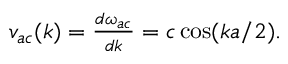
\begin{array} { r } { v _ { a c } ( k ) = \frac { d \omega _ { a c } } { d k } = c \cos ( k a / 2 ) . } \end{array}